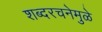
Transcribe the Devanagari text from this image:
शब्दरचनेमुळे